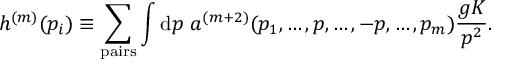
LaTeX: h ^ { ( m ) } ( p _ { i } ) \equiv \sum _ { \mathrm { p a i r s } } \int \mathrm { d } p \ a ^ { ( m + 2 ) } ( p _ { 1 } , \dots , p , \dots , - p , \dots , p _ { m } ) { \frac { g K } { p ^ { 2 } } } .